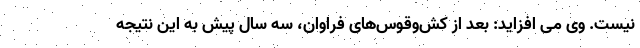
نیست. وی می افزاید: بعد از کش‌وقوس‌های فراوان، سه سال پیش به این نتیجه